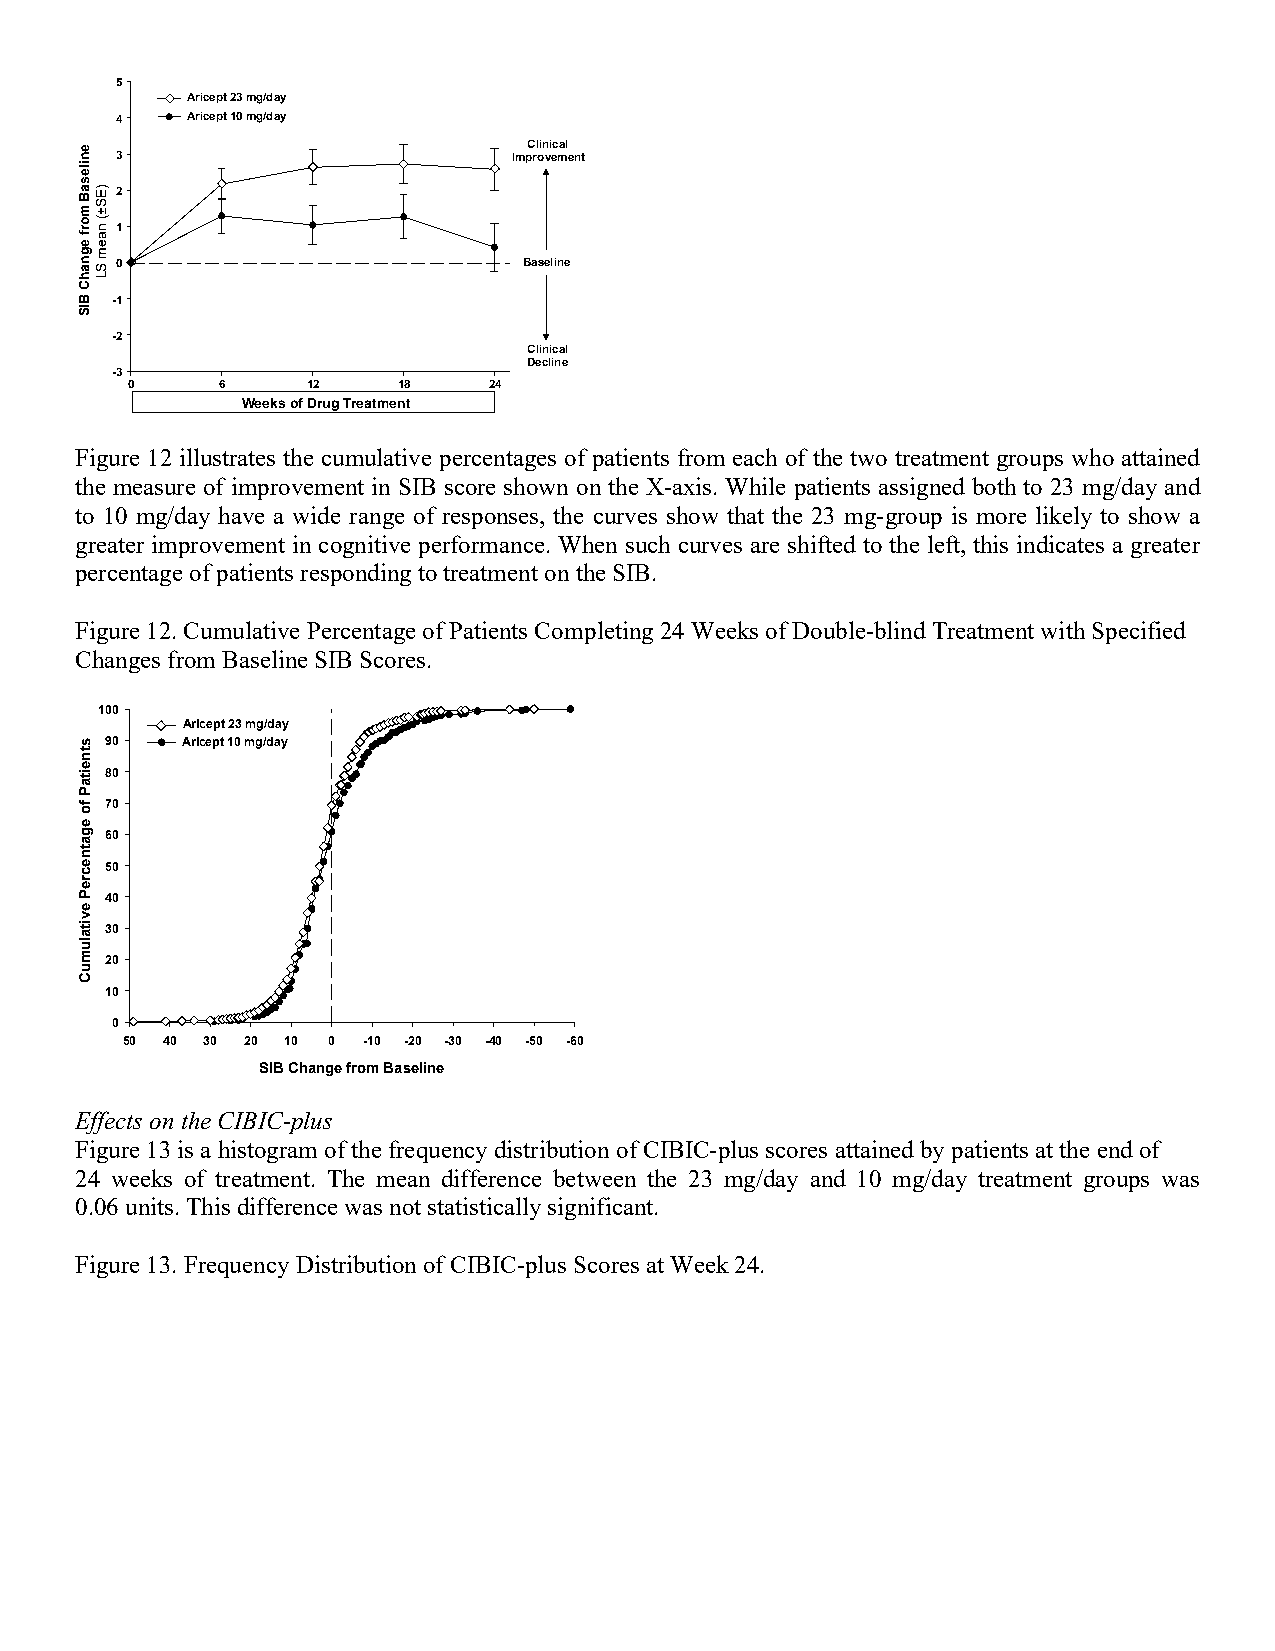
55
 AArriicceepptt 2233 mmgg//ddaayy
 44  AArriicceepptt 1100 mmgg//ddaayy
 CClliinniiccaall
 33                        IImmpprroovveemmeenntt
 22
 11
 00                         BBaasseelliinnee
 --11
 --22
 CClliinniiccaall
 DDeecclliinnee
 --33
 00    66    1122  1188  2244
 WWeeeekkss ooff DDrruugg TTrreeaattmmeenntt
 Figure 12 illustrates the cumulative percentages of patients from each of the two treatment groups who attained
 the measure of improvement in SIB score shown on the X-axis. While patients assigned both to 23 mg/day and
 to 10 mg/day have a wide range of responses, the curves show that the 23 mg-group is more likely to show a
 greater improvement in cognitive performance. When such curves are shifted to the left, this indicates a greater
 percentage of patients responding to treatment on the SIB.
 Figure 12. Cumulative Percentage of Patients Completing 24 Weeks of Double-blind Treatment with Specified
 Changes from Baseline SIB Scores.
 110000
 AArriicceepptt 2233 mmgg//ddaayy
 9900 AArriicceepptt 1100 mmgg//ddaayy
 8800
 7700
 6600
 5500
 4400
 3300
 2200
 1100
 00
 5500 4400 3300 2200 1100 00 --1100 --2200 --3300 --4400 --5500 --6600
 SSIIBB CChhaannggee ffrroomm BBaasseelliinnee
 Effects on the CIBIC-plus
 Figure 13 is a histogram of the frequency distribution of CIBIC-plus scores attained by patients at the end of
 24 weeks of treatment. The mean difference between the 23 mg/day and 10 mg/day treatment groups was
 0.06 units. This difference was not statistically significant.
 Figure 13. Frequency Distribution of CIBIC-plus Scores at Week 24.
 eenniilleessaaBB
 mmoorrff
 eeggnnaahhCC
 BBIISS
 ssttnneeiittaaPP
 ffoo
 eeggaattnneeccrreePP
 eevviittaalluummuuCC
 ))EESS±±((
 nnaaeemm
 SSLL